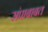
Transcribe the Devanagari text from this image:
संपाबाबत